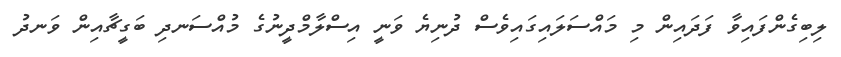
ލިބިގެންފައިވާ ފަދައިން މި މައްސަލައިގައިވެސް ދުނިޔެ ވަނީ އިސްލާމްދީނުގެ މުއްސަނދި ބަގީޗާއިން ވަނދު